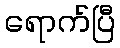
ရောက်ပြီ